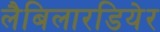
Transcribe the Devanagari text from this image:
लैबिलारडियेर